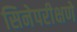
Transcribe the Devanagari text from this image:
सिनेपरीक्षणे